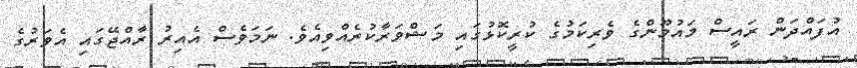
އުފައްދަން ރައީސް މައުމޫންގެ ވެރިކަމުގެ ކުރީކޮޅުގައި މަޝްވަރާކުރެއްވިއެވެ. ނަމަވެސް އެއިރު ރާއްޖޭގައި އެވަރުގެ